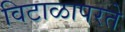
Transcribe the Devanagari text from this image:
विटाळापरते